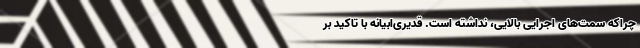
چراکه سمت‌های اجرایی بالایی، نداشته است. قدیری‌ابیانه با تاکید بر